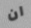
ان